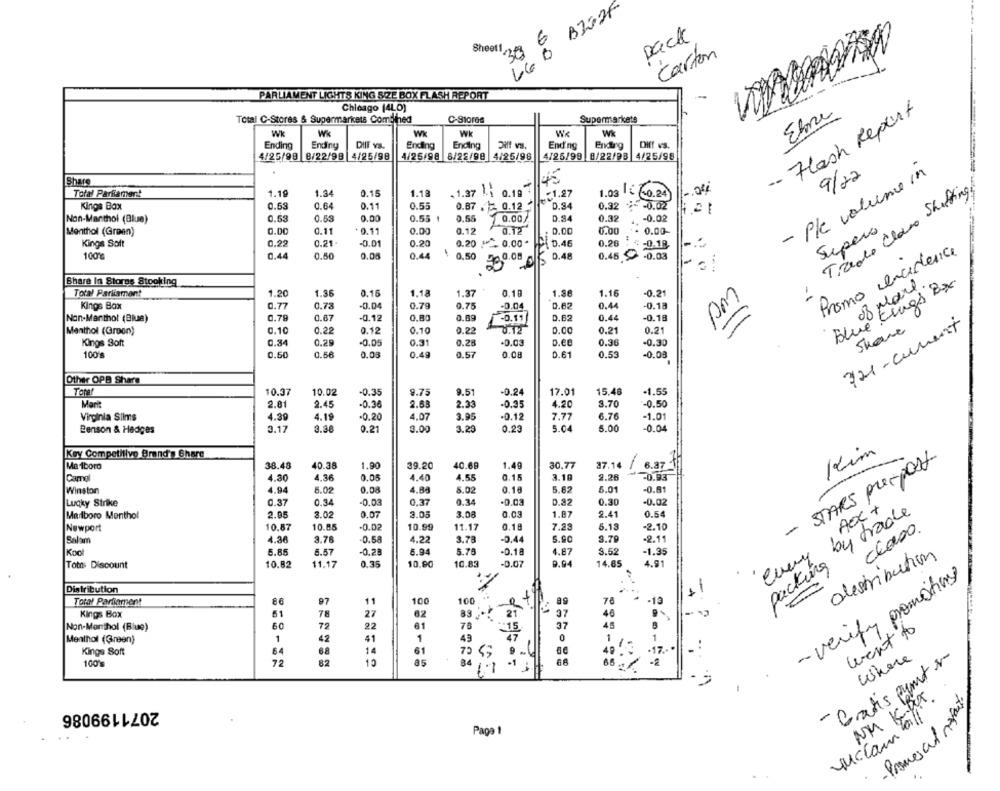
6
pack
Sheet1
640
Carton
PARLIAMENT LIGHTS KING SIZE BOX FLASH REPORT
-
Chicago (4LO)
-- Flash Report
Total C-Stores & Supermarkets Combined
C-Stores
Supermarkets
W
Wk
WK
W
Ending
Ending
DIlf vs.
Ending
Ending
Diff vs.
Ending
Ending
Diff vs.
4/25/99 8/22/99 4/25/98
4/25/98 8/22/90 4/25/98
4/25/99 8/22/93 4/25/98
- P/c volume in
9/22
Share
45
.1.37 ;
0.197
Tirede Class Shutting
Toral Parliament
1.19
1.34
0.15
1.18
1.27
.03 60.24
Kings Box
0.63
0.64
0.11
0.55
0.87 . 0.12
0.84
0.32
-0.02
Non-Manthol (Blue)
0.53
0.53
0.00
0.55 1
0.55
0.00/
D.S4
0.32
-0.02
0.11
*0.11
0.00
0.12
0.12
6.00
Supers
Menthol (Green)
0.00
0.00
0.00-
Kings Soft
0.22
0.21-
-0.01
0.20
0.20 . 0.00*
1 0.46
0.26
4 -0.18
1
Promo incidence
100℃
0.44
0.50
0.05
0.44
0.50
0.48
0.45 -0.03
Share In Stores Stooking
Blue Kings Bx
08 plane.
Total Parliament
1.20
1.36
0.16
1.18
1.37
0.10
1.86
1.16
-0.21
pm
Kings Box
0.77
0.73
-0.04
0.79
0.75
-0.04
0.62
0.44
-0.18
0.79
0.67
-0.12
0.80
0.89
0.82
0.44
-0.18
Non-Marthot (Blue)
-0.89
321 -current
Share
Menthol (Groen)
0.10
0.22
0.12
0.10
0.22
8.12
0.00
0.21
0.21
0.34
0.28
D.CO
Kings Soft
0.29
-0.05
0.31
-0.03
0.36
-0.30
100 %
0.50
0.56
0.03
0.49
0.57
0.08
0.61
0.53
-0.03
Other OPB Share
10.37
10.02
-0.35
9.75
9.51
-0.24
17.01
15.48
-1.55
Marit
2.81
9.45
-0.36
2.33
-0.35
4.20
3.70
-0.50
Virginia Silms
4.39
4.19
-0.20
4.07
3.95
-0.12
7.77
6.76
-1.01
3.38
5.04
5.00
-0.04
Benson & Hedges
3.17
0.21
3.00
3.20
0.23
Kim
Key Competitive Brand's Chare
STARS prespost-
Ma 1boro
38.48
40.38
1.90
39.20
40.69
1.49
30.77
37.14
6.37
4.36
0.15
Camal
4.30
0.05
4.40
4.55
3.19
9.26
-0.93
Winston
4.94
5.02
0.08
4.88
8.02
0.18
5.82
6.01
-0.81
Lucky Strike
0.37
0.34
-0.03
0.37
0.34
0.32
0.30
-0.02
AOx +
Marlboro Menthol
2.95
3.02
0.07
3.05
3.08
0.03
1.87
2.41
0.54
by trade
-
Newport
10.87
10.85
-0.02
10.99
11.17
0.18
7.28
5.13
-2.10
class.
4.38
3.76
0.58
4.22
3.78
-0.44
5.00
3.79
-2.11
Salam
Koc
5.85
6.57
-0.28
6.94
5.78
-0.18
4.87
3.52
-1.95
distribution
11.17
0.35
10.90
10.83
-0.07
9.94
14.85
packing
Toth Discount
10.82
4.91
- verify promoting
Distribution
-
Total Parliament
97
11
100
100
as
78
* - 19
et
Kings Box
51
78
27
62
89
21
37
40
60
72
22
61
78
37
45
Non-Monthol (Blue)
*15
went to
Menthol (Green)
1
42
41
1
43
0
1
1
64
8.8
61
-17 ...
Kings Soft
Where
1001
72
82
15
85
84
·1
-2
- Gratis punt s
11
66 - 1
NM KUT
Promescl reports
2071199086
MucCam all
Paga 1